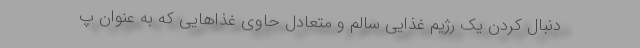
دنبال کردن یک رژیم غذایی سالم و متعادل حاوی غذاهایی که به عنوان پ